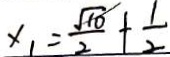
x _ { 1 } = \frac { \sqrt { 1 0 } } { 2 } + \frac { 1 } { 2 }